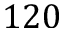
1 2 0